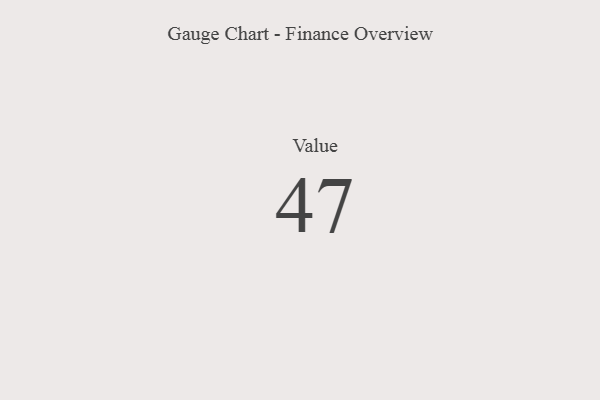
{"axis": {"x": "Metric", "y": "Value"}, "legend": [""], "data": [{"x": "Value", "y": 47, "type": ""}]}